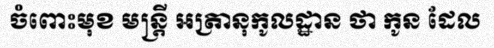
ចំពោះមុខ មន្ត្រី អត្រានុកូលដ្ឋាន ថា កូន ដែល